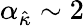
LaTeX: \alpha_{\hat{\kappa}}\sim 2